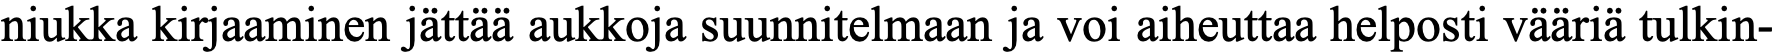
niukka kirjaaminen jättää aukkoja suunnitelmaan ja voi aiheuttaa helposti vääriä tulkin-